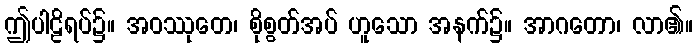
ဤပါဠိရပ်၌။ အဝဿုတေ၊ စိုစွတ်အပ် ဟူသော အနက်၌။ အာဂတော၊ လာ၏။